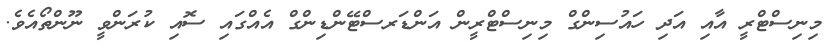
މިނިސްޓްރީ އާއި އަދި ހައުސިންގް މިނިސްޓްރީން އަންޑަރސްޓޭންޑިންގް އެއްގައި ސޮއި ކުރަންވީ ނޫންތޯއެވެ.